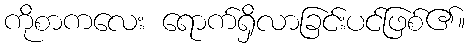
ကိုစာကလေး ရောက်ရှိလာခြင်းပင်ဖြစ်၏။